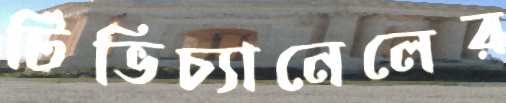
টিভিচ্যানেলের